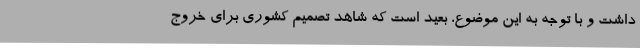
داشت و با توجه به این موضوع، بعید است که شاهد تصمیم کشوری برای خروج